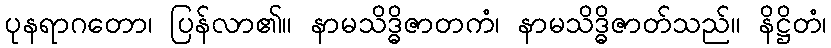
ပုနရာဂတော၊ ပြန်လာ၏။ နာမသိဒ္ဓိဇာတကံ၊ နာမသိဒ္ဓိဇာတ်သည်။ နိဋ္ဌိတံ၊